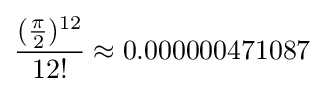
{\frac {({\frac {\pi }{2}})^{12}}{12!}}\approx 0.000000471087